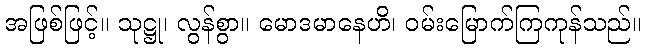
အဖြစ်ဖြင့်။ သုဋ္ဌု၊ လွန်စွာ။ မောဒမာနေဟိ၊ ဝမ်းမြောက်ကြကုန်သည်။